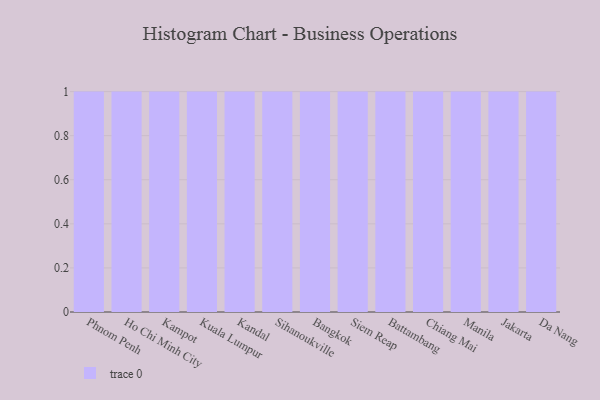
{"axis": {"x": "City", "y": "Conversion Rate (%)"}, "legend": [""], "data": [{"x": "Phnom Penh", "y": 40, "type": ""}, {"x": "Ho Chi Minh City", "y": 61, "type": ""}, {"x": "Kampot", "y": 66, "type": ""}, {"x": "Kuala Lumpur", "y": 38, "type": ""}, {"x": "Kandal", "y": 86, "type": ""}, {"x": "Sihanoukville", "y": 100, "type": ""}, {"x": "Bangkok", "y": 71, "type": ""}, {"x": "Siem Reap", "y": 55, "type": ""}, {"x": "Battambang", "y": 9, "type": ""}, {"x": "Chiang Mai", "y": 37, "type": ""}, {"x": "Manila", "y": 96, "type": ""}, {"x": "Jakarta", "y": 52, "type": ""}, {"x": "Da Nang", "y": 44, "type": ""}]}